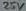
Text: 25v